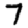
Digit: 7